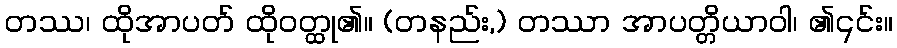
တဿ၊ ထိုအာပတ် ထိုဝတ္ထု၏။ (တနည်း,) တဿာ အာပတ္တိယာဝါ၊ ၏၎င်း။